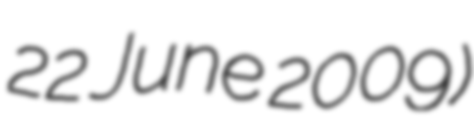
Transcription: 22 June 2009)